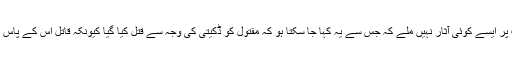
صابر سہیل کے مطابق جائے واردات پر ایسے کوئی آثار نہیں ملے کہ جس سے یہ کہا جا سکتا ہو کہ مقتول کو ڈکیتی کی وجہ سے قتل کیا گیا کیونکہ قاتل اس کے پاس موجود نقدی وغیرہ نہیں لے کر گئے ۔